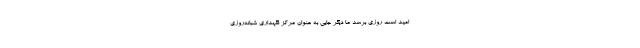
امید است روزی برسد ما دیگر جایی به عنوان مرکز نگهداری شبانه‌روزی